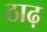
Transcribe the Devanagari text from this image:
ठाढ़